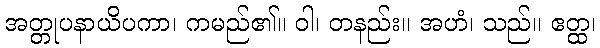
အတ္တုပနာယိပကာ၊ ကမည်၏။ ဝါ၊ တနည်း။ အဟံ၊ သည်။ ဧတ္ထ၊